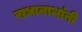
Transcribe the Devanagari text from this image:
राधानाथांनी